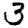
Digit: 3